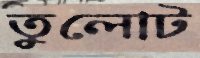
তুলোট